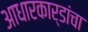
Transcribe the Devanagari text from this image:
आधारकार्डांचा